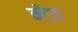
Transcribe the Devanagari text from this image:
नेज़